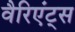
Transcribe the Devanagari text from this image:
वैरिएंट्स